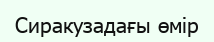
Сиракузадағы өмір